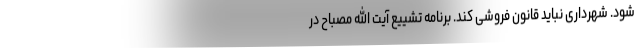
شود. شهرداری نباید قانون فروشی کند. برنامه تشییع آیت الله مصباح در